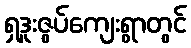
ရှဒူးဇွပ်ကျေးရွာတွင်